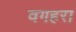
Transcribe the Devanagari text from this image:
वगहरा